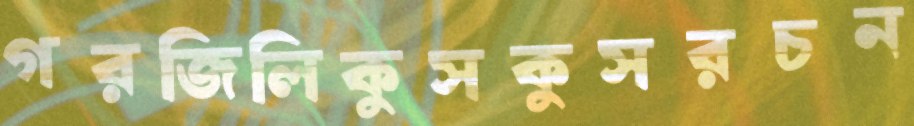
গরজিলিকুসকুসরচন